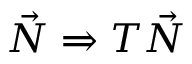
{ \vec { N } } \Rightarrow T { \vec { N } }